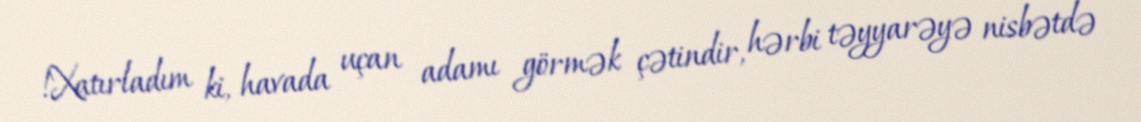
!Xatırladım ki, havada uçan adamı görmək çətindir, hərbi təyyarəyə nisbətdə